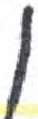
אות: ן